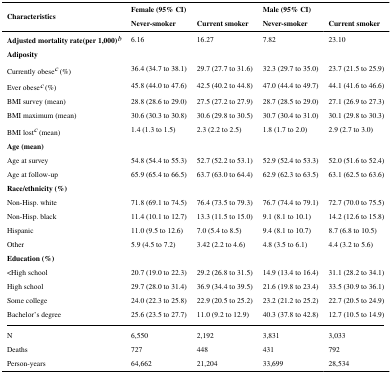
<table><thead><tr><td rowspan="2"><b>Characteristics</b></td><td colspan="2"><b>Female (95% CI)</b></td><td colspan="2"><b>Male (95% CI)</b></td></tr><tr><td><b>Never-smoker</b></td><td><b>Current smoker</b></td><td><b>Never-smoker</b></td><td><b>Current smoker</b></td></tr></thead><tbody><tr><td><b>Adjusted mortality rate(per 1,000)</b>b</td><td>6.16</td><td>16.27</td><td>7.82</td><td>23.10</td></tr><tr><td colspan="5"><b>Adiposity</b></td></tr><tr><td>Currently obesec (%)</td><td>36.4 (34.7 to 38.1)</td><td>29.7 (27.7 to 31.6)</td><td>32.3 (29.7 to 35.0)</td><td>23.7 (21.5 to 25.9)</td></tr><tr><td>Ever obesec (%)</td><td>45.8 (44.0 to 47.6)</td><td>42.5 (40.2 to 44.8)</td><td>47.0 (44.4 to 49.7)</td><td>44.1 (41.6 to 46.6)</td></tr><tr><td>BMI survey (mean)</td><td>28.8 (28.6 to 29.0)</td><td>27.5 (27.2 to 27.9)</td><td>28.7 (28.5 to 29.0)</td><td>27.1 (26.9 to 27.3)</td></tr><tr><td>BMI maximum (mean)</td><td>30.6 (30.3 to 30.8)</td><td>30.6 (29.8 to 30.5)</td><td>30.7 (30.4 to 31.0)</td><td>30.1 (29.8 to 30.3)</td></tr><tr><td>BMI lostc (mean)</td><td>1.4 (1.3 to 1.5)</td><td>2.3 (2.2 to 2.5)</td><td>1.8 (1.7 to 2.0)</td><td>2.9 (2.7 to 3.0)</td></tr><tr><td colspan="5"><b>Age (mean)</b></td></tr><tr><td>Age at survey</td><td>54.8 (54.4 to 55.3)</td><td>52.7 (52.2 to 53.1)</td><td>52.9 (52.4 to 53.3)</td><td>52.0 (51.6 to 52.4)</td></tr><tr><td>Age at follow-up</td><td>65.9 (65.4 to 66.5)</td><td>63.7 (63.0 to 64.4)</td><td>62.9 (62.3 to 63.5)</td><td>63.1 (62.5 to 63.6)</td></tr><tr><td colspan="5"><b>Race/ethnicity (%)</b></td></tr><tr><td>Non-Hisp. white</td><td>71.8 (69.1 to 74.5)</td><td>76.4 (73.5 to 79.3)</td><td>76.7 (74.4 to 79.1)</td><td>72.7 (70.0 to 75.5)</td></tr><tr><td>Non-Hisp. black</td><td>11.4 (10.1 to 12.7)</td><td>13.3 (11.5 to 15.0)</td><td>9.1 (8.1 to 10.1)</td><td>14.2 (12.6 to 15.8)</td></tr><tr><td>Hispanic</td><td>11.0 (9.5 to 12.6)</td><td>7.0 (5.4 to 8.5)</td><td>9.4 (8.1 to 10.7)</td><td>8.7 (6.8 to 10.5)</td></tr><tr><td>Other</td><td>5.9 (4.5 to 7.2)</td><td>3.42 (2.2 to 4.6)</td><td>4.8 (3.5 to 6.1)</td><td>4.4 (3.2 to 5.6)</td></tr><tr><td colspan="5"><b>Education (%)</b></td></tr><tr><td>&lt;High school</td><td>20.7 (19.0 to 22.3)</td><td>29.2 (26.8 to 31.5)</td><td>14.9 (13.4 to 16.4)</td><td>31.1 (28.2 to 34.1)</td></tr><tr><td>High school</td><td>29.7 (28.0 to 31.4)</td><td>36.9 (34.4 to 39.5)</td><td>21.6 (19.8 to 23.4)</td><td>33.5 (30.9 to 36.1)</td></tr><tr><td>Some college</td><td>24.0 (22.3 to 25.8)</td><td>22.9 (20.5 to 25.2)</td><td>23.2 (21.2 to 25.2)</td><td>22.7 (20.5 to 24.9)</td></tr><tr><td>Bachelor’s degree</td><td>25.6 (23.5 to 27.7)</td><td>11.0 (9.2 to 12.9)</td><td>40.3 (37.8 to 42.8)</td><td>12.7 (10.5 to 14.9)</td></tr><tr><td>N</td><td>6,550</td><td>2,192</td><td>3,831</td><td>3,033</td></tr><tr><td>Deaths</td><td>727</td><td>448</td><td>431</td><td>792</td></tr><tr><td>Person-years</td><td>64,662</td><td>21,204</td><td>33,699</td><td>28,534</td></tr></tbody></table>